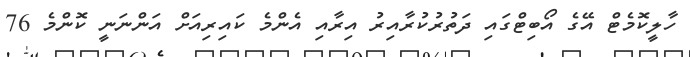
ހާލީކޮމެޓް އޭގެ އޯބިޓްގައި ދަތުރުކުރާއިރު އިރާއި އެންމެ ކައިރިއަށް އަންނަނީ ކޮންމެ 76